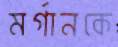
মর্গানকে